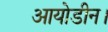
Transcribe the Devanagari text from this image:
आयोडीन।